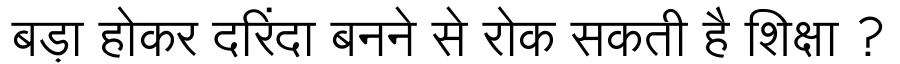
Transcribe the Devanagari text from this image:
बड़ा होकर दरिंदा बनने से रोक सकती है शिक्षा ?